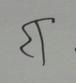
Signature authenticity: forged